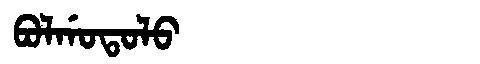
Manchu: ᠪᠣᠯᡤᠣᡨᠣᠯᠣ
Romanization: BOLGOTOLO